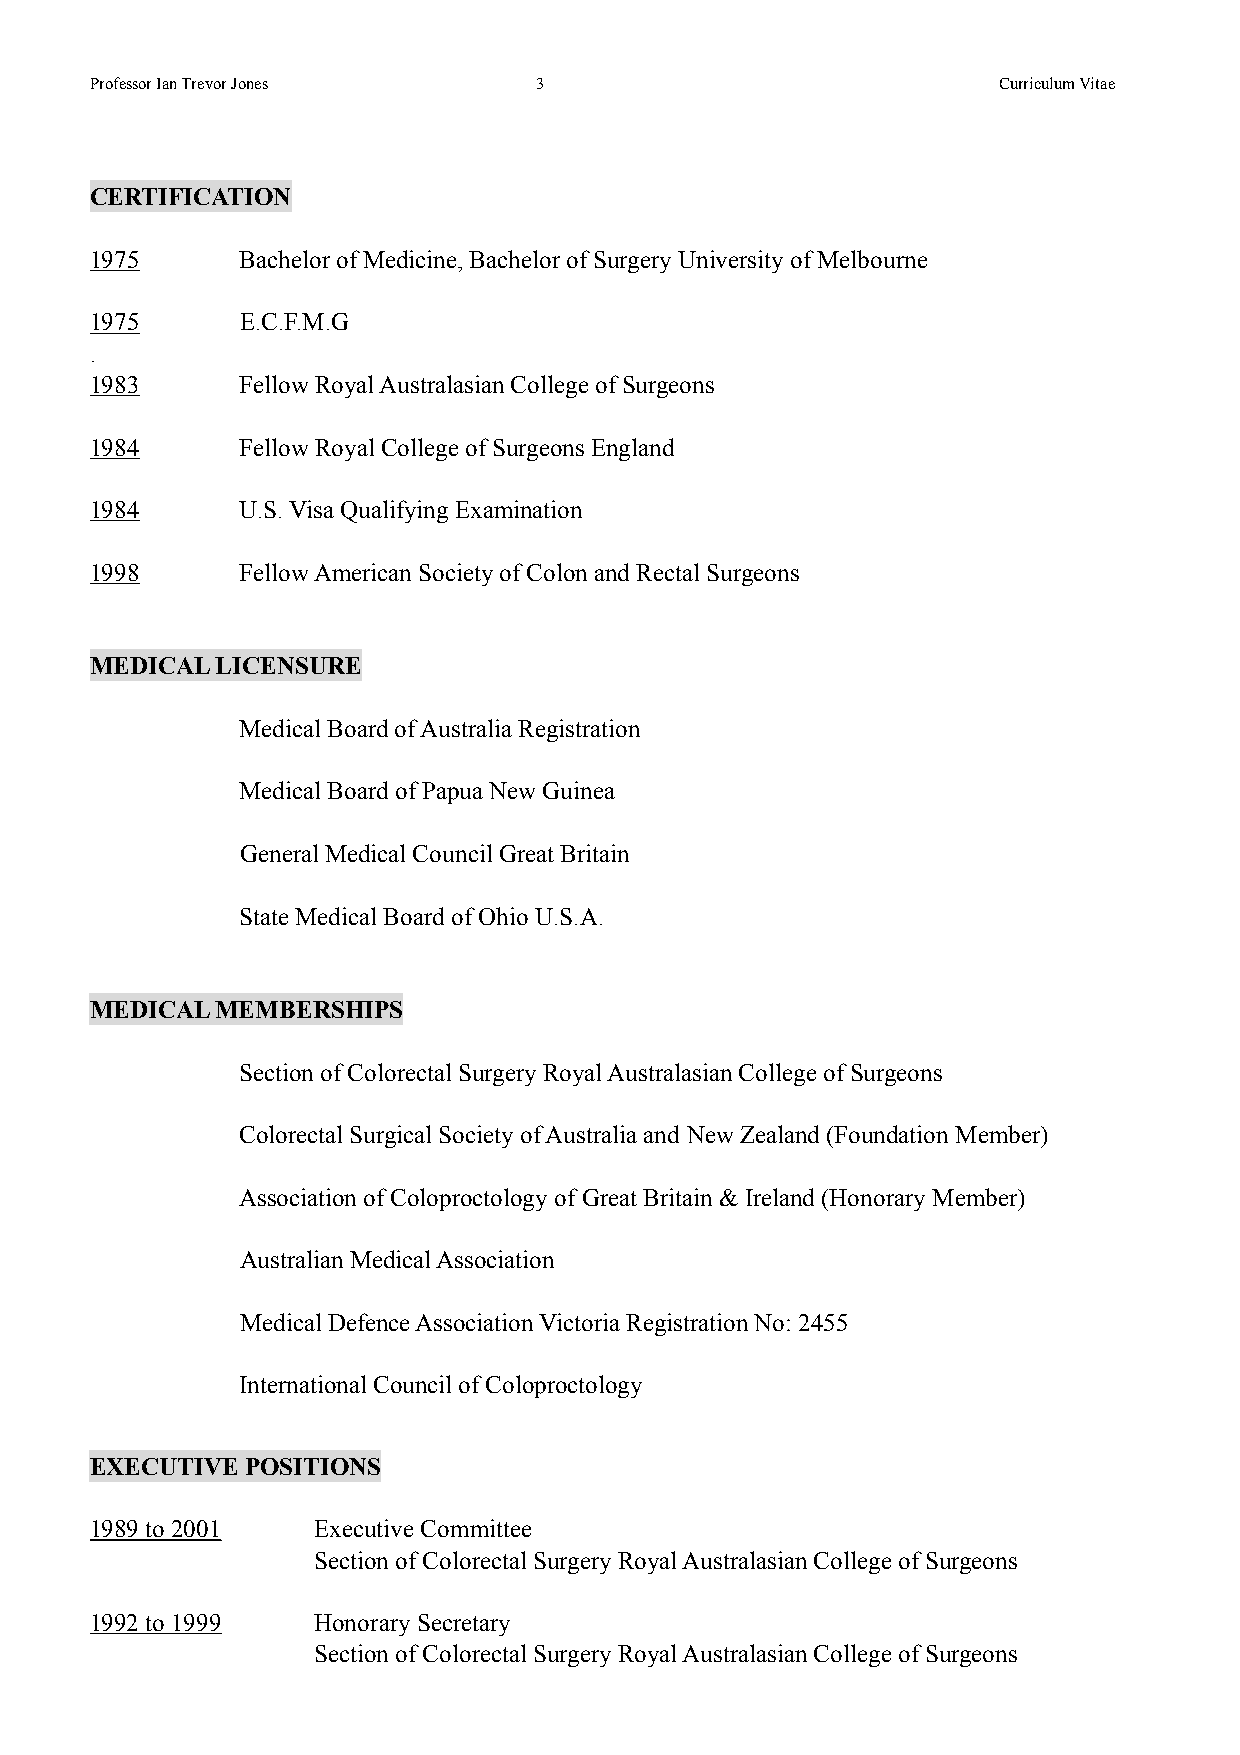
!
 Professor Ian Trevor Jones   !3                             Curriculum Vitae
 !
 !
 CERTIFICATION
 !
 1975      Bachelor of Medicine, Bachelor of Surgery University of Melbourne
 !
 1975      E.C.F.M.G
 .
 1983      Fellow Royal Australasian College of Surgeons
 !
 1984      Fellow Royal College of Surgeons England
 !
 1984      U.S. Visa Qualifying Examination
 !
 1998      Fellow American Society of Colon and Rectal Surgeons
 !
 !
 MEDICAL LICENSURE
 !
 Medical Board of Australia Registration
 !
 Medical Board of Papua New Guinea
 !
 General Medical Council Great Britain
 !
 State Medical Board of Ohio U.S.A.
 !
 !
 MEDICAL MEMBERSHIPS
 !
 Section of Colorectal Surgery Royal Australasian College of Surgeons
 !
 Colorectal Surgical Society of Australia and New Zealand (Foundation Member)
 !
 Association of Coloproctology of Great Britain & Ireland (Honorary Member)
 !
 Australian Medical Association
 !
 Medical Defence Association Victoria Registration No: 2455
 !
 !         International Council of Coloproctology
 !
 EXECUTIVE POSITIONS
 1989 to 2001   Executive Committee
 Section of Colorectal Surgery Royal Australasian College of Surgeons
 !
 1992 to 1999   Honorary Secretary
 Section of Colorectal Surgery Royal Australasian College of Surgeons